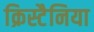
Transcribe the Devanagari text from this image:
क्रिस्टैनिया